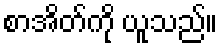
စာအိတ်ကို ယူသည်။